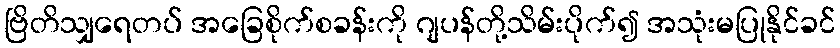
ဗြိတိသျှရေတပ် အခြေစိုက်စခန်းကို ဂျပန်တို့သိမ်းပိုက်၍ အသုံးမပြုနိုင်ခင်